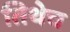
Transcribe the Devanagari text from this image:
तिथेेच